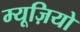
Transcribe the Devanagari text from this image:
म्यूज़ियो